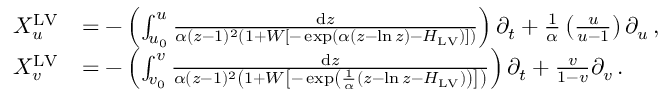
\begin{array} { r l } { X _ { u } ^ { \mathrm { L V } } } & { = - \left( \int _ { u _ { 0 } } ^ { u } \frac { \mathrm { d } z } { \alpha ( z - 1 ) ^ { 2 } \left( 1 + W \left[ - \exp \left( \alpha \left( z - \ln z \right) - H _ { \mathrm { L V } } \right) \right] \right) } \right) \partial _ { t } + \frac { 1 } { \alpha } \left( \frac { u } { u - 1 } \right) \partial _ { u } \, , } \\ { X _ { v } ^ { \mathrm { L V } } } & { = - \left( \int _ { v _ { 0 } } ^ { v } \frac { \mathrm { d } z } { \alpha ( z - 1 ) ^ { 2 } \left( 1 + W \left[ - \exp \left( \frac { 1 } { \alpha } \left( z - \ln z - H _ { \mathrm { L V } } \right) \right) \right] \right) } \right) \partial _ { t } + \frac { v } { 1 - v } \partial _ { v } \, . } \end{array}